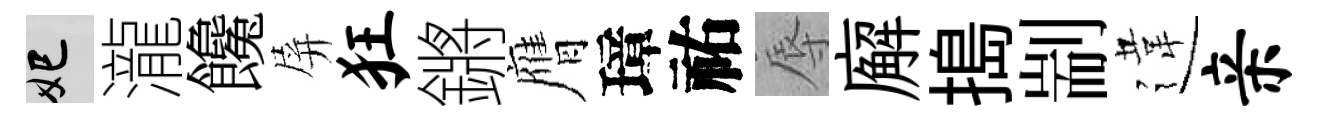
妃瀧饞屏狂鏘膺璋祐辱廨搗剬違亲